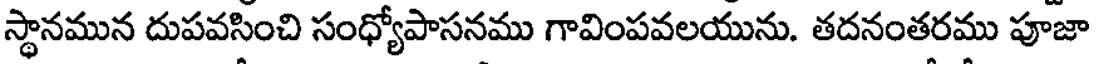
స్థానమున దుపవసించి సంధ్యోపాసనము గావింపవలయును. తదనంతరము పూజా